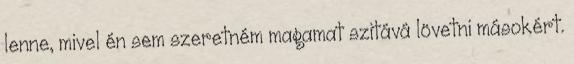
lenne, mivel én sem szeretném magamat szitává lövetni másokért.